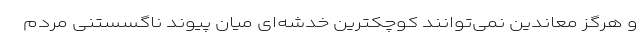
و هرگز معاندین نمی‌توانند کوچکترین خدشه‌ای میان پیوند ناگسستنی مردم